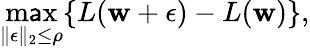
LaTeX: \operatorname*{m\mathsf{a}x}_{\| \mathbf{{\epsilon}}\| _{2}\leq\rho}\{ L(\mathbf{{w}}+\mathbf{{\epsilon}})-L(\mathbf{{w}})\} ,